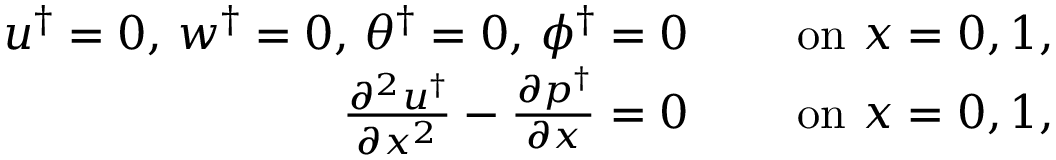
\begin{array} { r l } { u ^ { \dagger } = 0 , \, w ^ { \dagger } = 0 , \, \theta ^ { \dagger } = 0 , \, \phi ^ { \dagger } = 0 \quad } & { \mathrm { ~ o n ~ } x = 0 , 1 , } \\ { \frac { \partial ^ { 2 } u ^ { \dagger } } { \partial x ^ { 2 } } - \frac { \partial p ^ { \dagger } } { \partial x } = 0 \quad } & { \mathrm { ~ o n ~ } x = 0 , 1 , } \end{array}